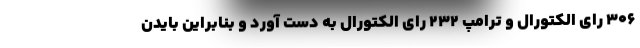
306 رای الکتورال و ترامپ 232 رای الکتورال به دست آورد و بنابراین بایدن